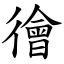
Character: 徻